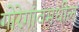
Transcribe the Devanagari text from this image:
गोरेगांवमधील